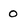
Character: 0